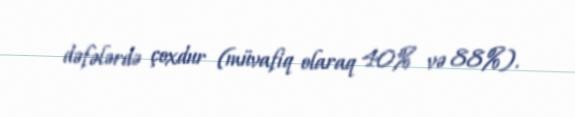
dəfələrdə çoxdur (müvafiq olaraq 40% və 88%).